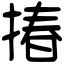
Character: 𢰦